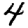
Digit: 4